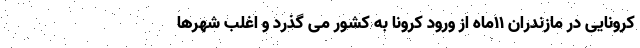
کرونایی در مازندران ۱۱ماه از ورود کرونا به کشور می گذرد و اغلب شهرها